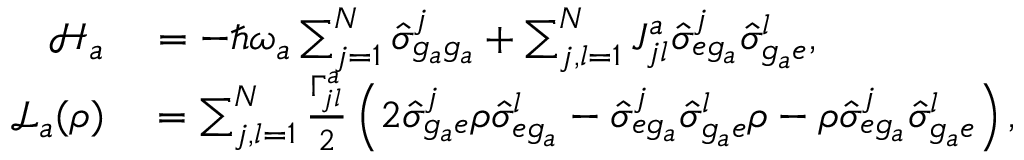
\begin{array} { r l } { \mathcal { H } _ { a } } & { { } = - \hbar \omega _ { a } \sum _ { j = 1 } ^ { N } \hat { \sigma } _ { g _ { a } g _ { a } } ^ { j } + \sum _ { j , l = 1 } ^ { N } J _ { j l } ^ { a } \hat { \sigma } _ { e g _ { a } } ^ { j } \hat { \sigma } _ { g _ { a } e } ^ { l } , } \\ { \mathcal { L } _ { a } ( \rho ) } & { { } = \sum _ { j , l = 1 } ^ { N } \frac { \Gamma _ { j l } ^ { a } } { 2 } \left( 2 \hat { \sigma } _ { g _ { a } e } ^ { j } \rho \hat { \sigma } _ { e g _ { a } } ^ { l } - \hat { \sigma } _ { e g _ { a } } ^ { j } \hat { \sigma } _ { g _ { a } e } ^ { l } \rho - \rho \hat { \sigma } _ { e g _ { a } } ^ { j } \hat { \sigma } _ { g _ { a } e } ^ { l } \right) , } \end{array}